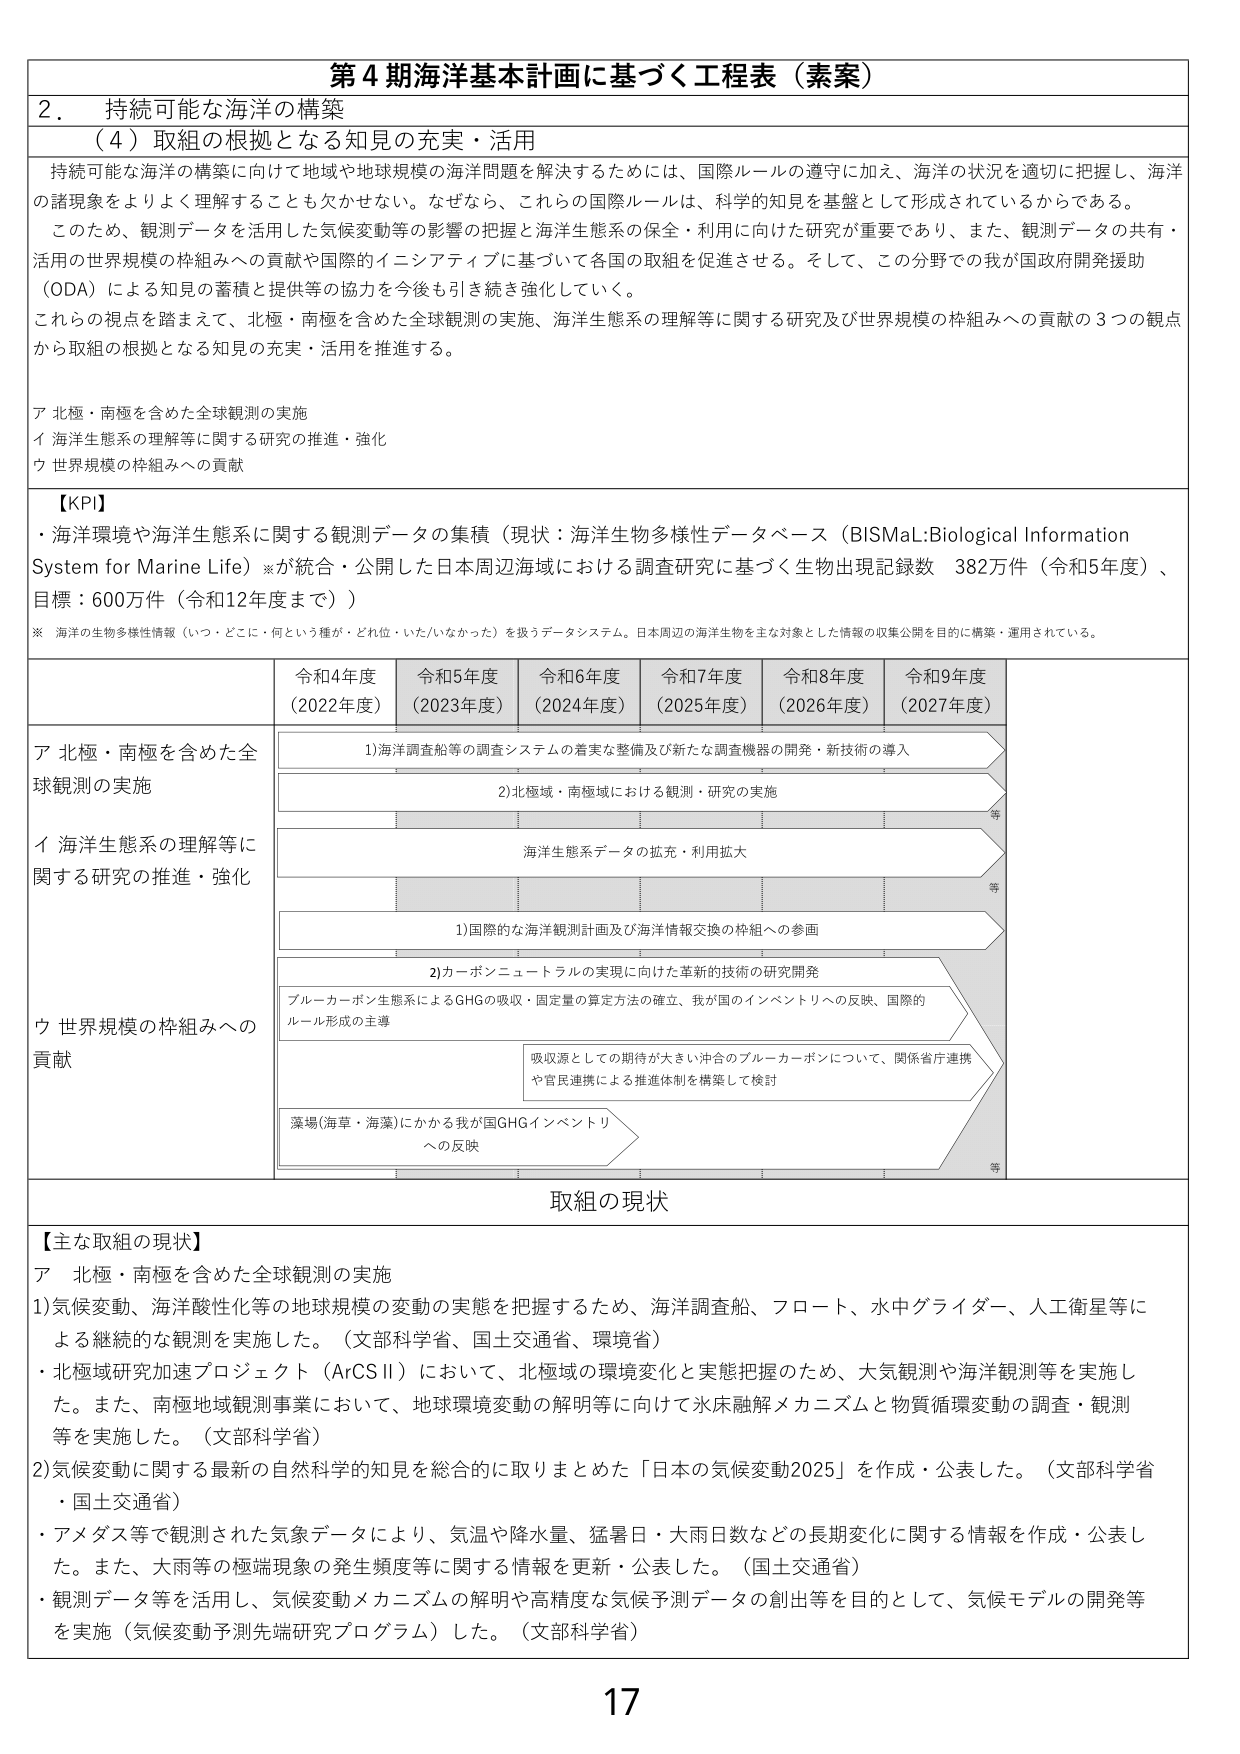
第４期海洋基本計画に基づく工程表（素案）

２．持続可能な海洋の構築

（４）取組の根拠となる知見の充実・活用

持続可能な海洋の構築に向けて地域や地球規模の海洋問題を解決するためには、国際ルールの遵守に加え、海洋の状況を適切に把握し、海洋の諸現象をよりよく理解することも欠かせない。なぜなら、これらの国際ルールは、科学的知見を基盤として形成されているからである。

このため、観測データを活用した気候変動等の影響の把握と海洋生態系の保全・利用に向けた研究が重要であり、また、観測データの共有・活用の世界規模の枠組みへの貢献や国際的イニシアティブに基づいて各国の取組を促進させる。そして、この分野での我が国政府開発援助（ODA）による知見の蓄積と提供等の協力を今後も引き続き強化していく。

これらの視点を踏まえて、北極・南極を含めた全球観測の実施、海洋生態系の理解等に関する研究及び世界規模の枠組みへの貢献の３つの観点から取組の根拠となる知見の充実・活用を推進する。

ア 北極・南極を含めた全球観測の実施
イ 海洋生態系の理解等に関する研究の推進・強化
ウ 世界規模の枠組みへの貢献

【KPI】
・海洋環境や海洋生態系に関する観測データの集積（現状：海洋生物多様性データベース（BISMaL:Biological Information System for Marine Life）※が統合・公開した日本周辺海域における調査研究に基づく生物出現記録数 382万件（令和5年度）、目標：600万件（令和12年度まで））

※ 海洋の生物多様性情報（いつ・どこに・何という種が・どれ位・いた/いなかった）を扱うデータシステム。日本周辺の海洋生物を主な対象とした情報の収集公開を目的に構築・運用されている。

令和4年度（2022年度）　令和5年度（2023年度）　令和6年度（2024年度）　令和7年度（2025年度）　令和8年度（2026年度）　令和9年度（2027年度）

ア 北極・南極を含めた全球観測の実施
　　1)海洋調査船等の調査システムの着実な整備及び新たな調査機器の開発・新技術の導入
　　2)北極域・南極域における観測・研究の実施